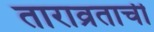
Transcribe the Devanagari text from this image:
ताराव्रताची